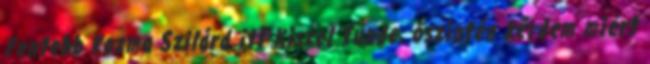
Fentebb Kozma Szilárd itt Kiszel Tünde, őszintén kérdem miért